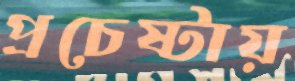
প্রচেষ্টায়